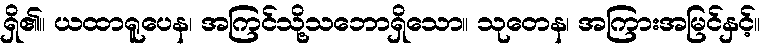
ရှိ၏။ ယထာရူပေန၊ အကြင်သို့သဘောရှိသော။ သုတေန၊ အကြားအမြင်နှင့်။